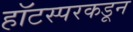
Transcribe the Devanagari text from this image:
हॉटस्परकडून